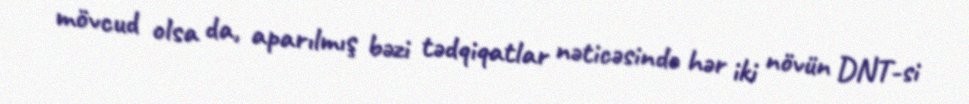
mövcud olsa da, aparılmış bəzi tədqiqatlar nəticəsində hər iki növün DNT-si